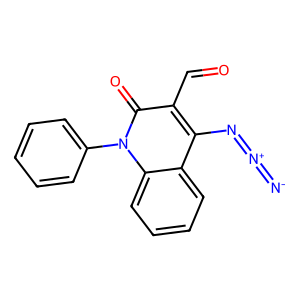
SMILES: [N-]=[N+]=Nc1c(C=O)c(=O)n(-c2ccccc2)c2ccccc12
Inhibits HIV replication: No